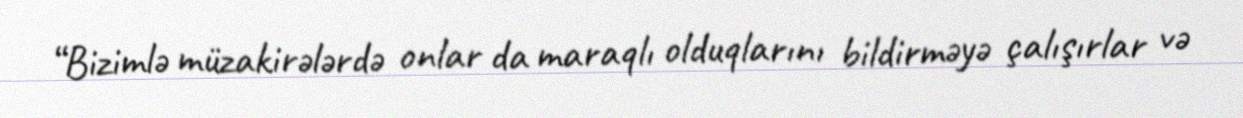
“Bizimlə müzakirələrdə onlar da maraqlı olduqlarını bildirməyə çalışırlar və